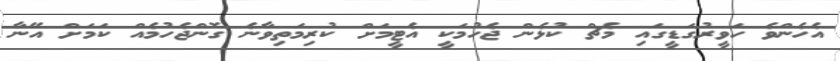
އެހެންވެ ހަވީރުގަޑީގައި މެޗް ކުޅެން ޖެހުމަކީ އެޓީމަށް ކުރިމަތިވާނެ ގޮންޖެހުމެއް ކަމަށް އޭނާ